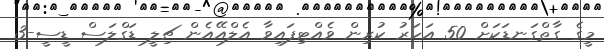
މީގެ ގާތްގަނޑަކަށް 50 އަހަރު ކުރިން ވެއްޓިފައިވާ އެލްއޭއެން ޗިލީ ޑަގްލަސް ޑީސީ-3